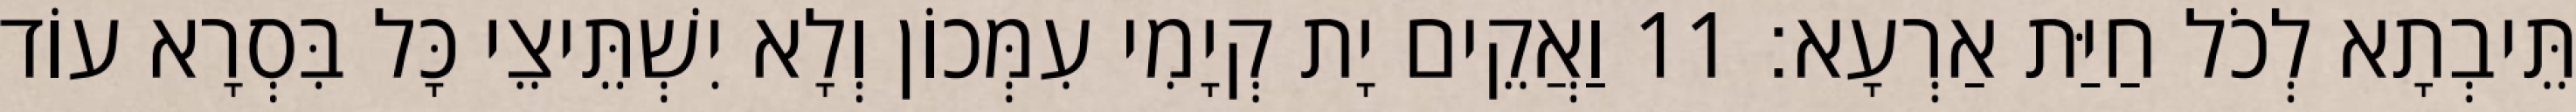
תֵּיבְתָא לְכֹל חַיַּת אַרְעָא׃ 11 וַאֲקֵים יָת קְיָמִי עִמְּכוֹן וְלָא יִשְׁתֵּיצֵי כָּל בִּסְרָא עוֹד